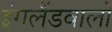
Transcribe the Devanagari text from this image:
इंगलैंडवालों